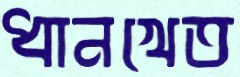
ধানখেত